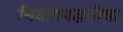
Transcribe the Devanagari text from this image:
नियोगपद्धतीचा